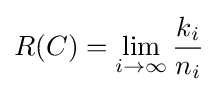
R(C)=\lim _{i\to \infty }{k_{i} \over n_{i}}